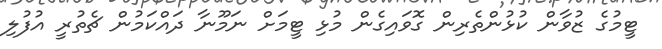
ޓީމުގެ ޒުވާން ކުޅުންތެރިން ގޮވައިގެން މުޅި ޓީމަށް ނަމޫނާ ދައްކަމުން ޗެތުރީ އުފުލި